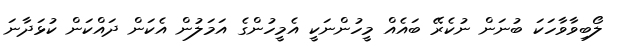
ލޯބިވާވާހަކަ ބުނަން ނުކެރޭ ބައެއް މީހުންނަކީ އެމީހުންގެ އަމަލުން އެކަން ދައްކަން ކުޅަދާނަ